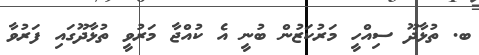
ބ. ތުޅާދޫ ސިއްހީ މަރުކަޒުން ބުނީ އެ ކުއްޖާ މަރުވީ ތުޅާދޫގައި ފަރުވާ